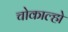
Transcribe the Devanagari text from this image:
चोकाल्हो